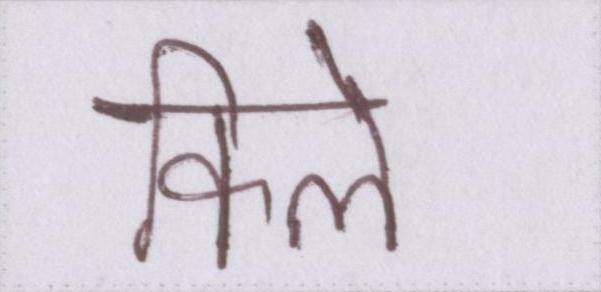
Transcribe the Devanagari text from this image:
किले